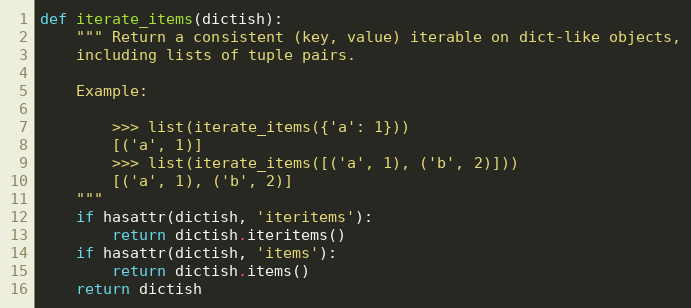
Language: Python
def iterate_items(dictish):
    """ Return a consistent (key, value) iterable on dict-like objects,
    including lists of tuple pairs.

    Example:

        >>> list(iterate_items({'a': 1}))
        [('a', 1)]
        >>> list(iterate_items([('a', 1), ('b', 2)]))
        [('a', 1), ('b', 2)]
    """
    if hasattr(dictish, 'iteritems'):
        return dictish.iteritems()
    if hasattr(dictish, 'items'):
        return dictish.items()
    return dictish